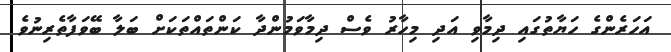
އަހަރެންގެ ހަޔާތުގައި ދިމާވި އަދި މިހާރު ވެސް ދިމާވަމުންދާ ކަންތައްތަކަށް ބަލާ ބޭވަފާތެރިނުވެ